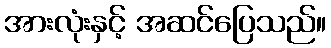
အားလုံးနှင့် အဆင်ပြေသည်။